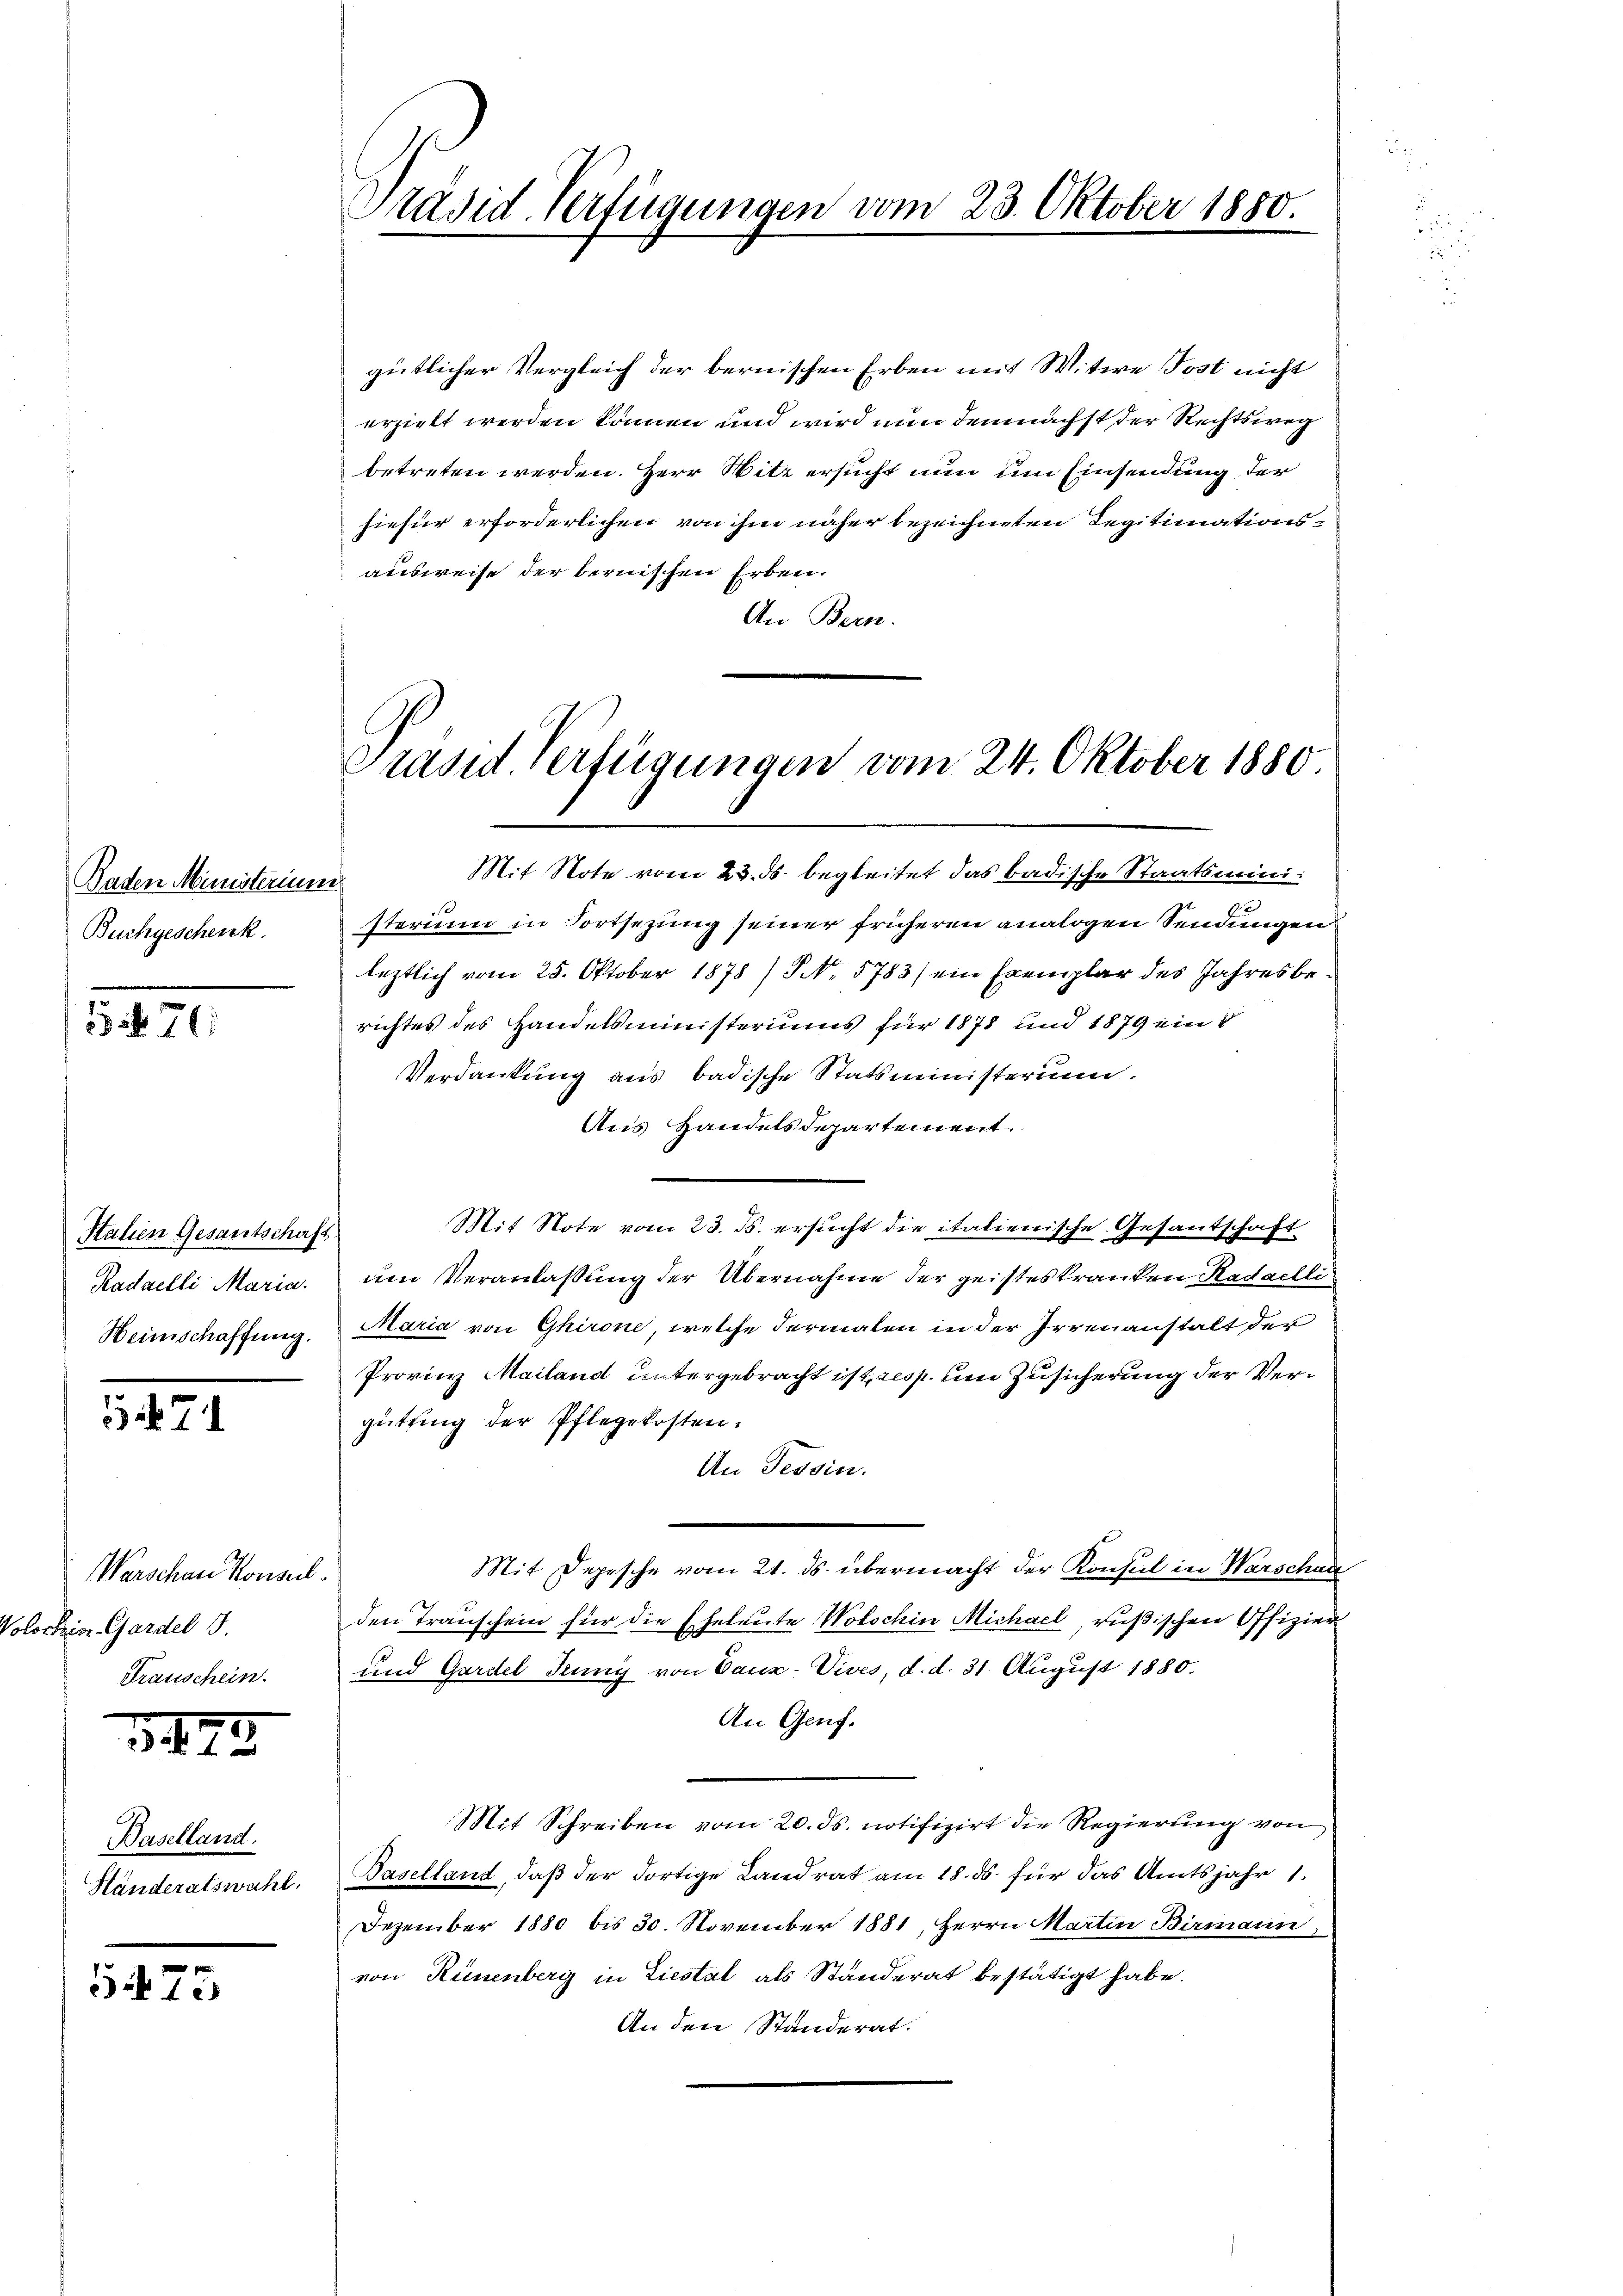
Baden Ministerium
Buchgeschenk.

B 70

Italien Gesamtschaft
Radaelli Maria.
Heimschaffung.

571

Warschen Konsul
Volocken Gardel I.
Transchein.

1472

Baselland.
Ständeratswahl.

5473

Präsid-Verfügungen vom 23. Oktober 1880.

gütlicher Vergleich der bernischen Erben mit Witwe Post nicht
erzielt werden können und wird nun demnächst der Rechtsweg
betreten werden. Herr Witz ersucht nun um Einsendung der
hiefür erforderlichen von ihm näher bezeichneten Legitimationsausweise der bernischen Erben.
An Bern.
Mit Note vom 23. ds. begleitet das badische Staatsminie
sterium in Fortsezung seiner früheren analogen Sendungens
leztlich vom 25. Oktober 1878) S. 5783) ein Exemplar des Jahresberichtes des Handelsministeriums für 1871 und 1879 ein
Verdankung aus badische Statsministerium.
Aus Handelsdepartement.
Mit Note vom 23. ds. ersucht die italienische Gesantschaft
um Veranlassung der Übernahme der geisteskranken Kadailli
Maria von Ghirone, welche Fermalen in der Irrenanstalt der
Provinz Mailand untergebracht ist resp. um Zusicherung der Vergütung der Pflegekosten.
Un Tessin.
Mit Depesche vom 21. ds. übermacht der Konsul in Warschau
den Transchein für die Eheleute Wolschin Michael rußischen Offizier
und Gardel Jung von Caux-Vives, d. d. 31. August 1880.
An Genf.
Mit Schreiben vom 20. ds. notifizirt die Regierung von
Baselland, daß der dortige Landrat am 18. ds. für das Amtsjahr 1.
Dezember 1880 bis 30. November 1881, Herrn Martin Birmann,
von Reinenberg in Liestal als Standerat bestätigt habe.
An den Ständerat.

Präsid. Verfügungen vom 24. Oktober 1880.